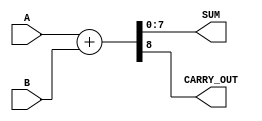
module ParameterizedAdder #(parameter WIDTH = 8) (
    input  [WIDTH-1:0] A,      // First operand
    input  [WIDTH-1:0] B,      // Second operand
    output reg [WIDTH-1:0] SUM, // Sum output
    output reg CARRY_OUT        // Carry out (optional)
);

// Always block for behavioral description
always @(*) begin
    {CARRY_OUT, SUM} = A + B;   // Perform addition and assign SUM and CARRY_OUT
end

endmodule